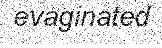
evaginated